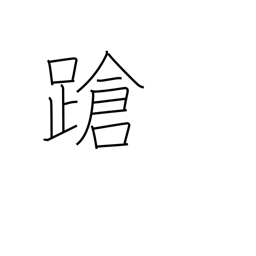
Meaning: stagger